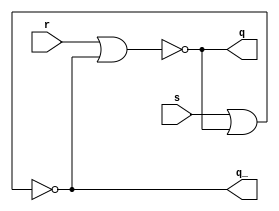
/* CSED273 lab5 experiment 2 */
/* lab5_2.v */

`timescale 1ns / 1ps

/* Implement srLatch */
module srLatch(
    input s, r,
    output q, q_
    );

    ////////////////////////
    nor(q, r, q_);
    nor(q_, s, q);
    ////////////////////////

endmodule

/* Implement master-slave JK flip-flop with srLatch module */
module lab5_2(
    input reset_n, j, k, clk,
    output q, q_
    );

    ////////////////////////
    wire R_tmp, S_tmp, R_master, R_slave, S_master, S_slave, p, p_;
    and(R_tmp, k, q, clk);
    and(S_tmp, j, q_, clk);
    
    assign S_master = S_tmp & reset_n;
    assign R_master = R_tmp | ~reset_n;
    
    srLatch master(S_master, R_master, p, p_);
    
    and(R_slave, p_, ~clk);
    and(S_slave, p, ~clk);
    
    srLatch slave(S_slave, R_slave, q, q_);
    ////////////////////////
    
endmodule